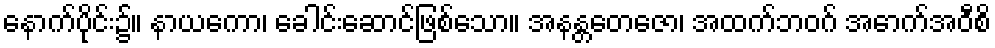
နောက်ပိုင်း၌။ နာယကော၊ ခေါင်းဆောင်ဖြစ်သော။ အနန္တတေဇော၊ အထက်ဘဝဂ် အောက်အဝီစိ